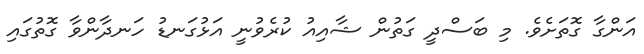
އަންގާ ގޮތަށެވެ. މި ބަސްދީ ގަތުން ޝާއިއު ކުރެވުނީ އަޅުގަނޑު ހަނދާންވާ ގޮތުގައި